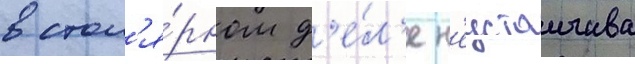
в стол'я́рном д'е́л'е н'еустоичива